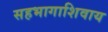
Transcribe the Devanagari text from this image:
सहभागाशिवाय